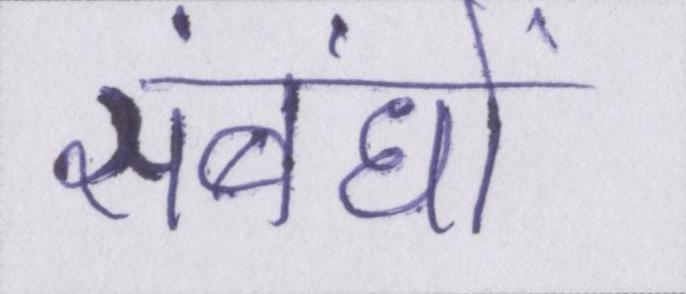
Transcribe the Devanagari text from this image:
संबंधों